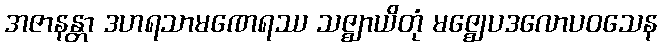
အဇာနန္တာ ဒဟရသာမဏေရဿ သဇ္ဈာယိတုံ မဇ္ဈေပဒလောပဝသေန